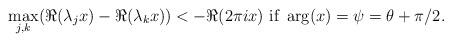
LaTeX: \begin{align*}\max_{j,k}(\Re(\lambda_jx)-\Re(\lambda_kx))< {-}\Re( 2\pi i x) \mbox{ if }\arg(x) = \psi=\theta+\pi/2.\end{align*}